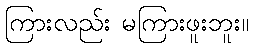
ကြားလည်း မကြားဖူးဘူး။